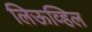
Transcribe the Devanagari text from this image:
लिऊव्हिल